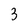
Character: 3